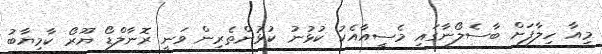
މިއާ ހިލާފަށް ބާސެލޯނާގައި މެސީއާއެކު ކުޅުނު ކުޅުންތެރިން ވަނީ ރޮނާލްޑޯ ޔޫރޯ ކާމިޔާބު